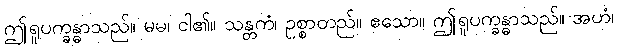
ဤရူပက္ခန္ဓာသည်။ မမ၊ ငါ၏။ သန္တကံ၊ ဥစ္စာတည်။ ဧသော။ ဤရူပက္ခန္ဓာသည်။ အဟံ၊